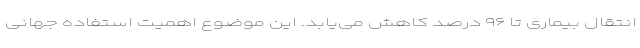
انتقال بیماری تا ۹۶ درصد کاهش می‌یابد. این موضوع اهمیت استفاده جهانی